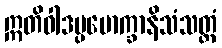
ဣတိဝါဒပ္ပမောက္ခာနိသံသတ္ထံ